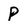
Character: P